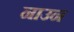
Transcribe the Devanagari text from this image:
नाउन